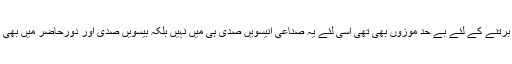
اس میں بھی کوئی شک نہیں کہ اودھ کی فضائ، نفیس طبیعتیں ، مزاج کی لطافت، ان محاسن کو برتنے کے لئے بے حد موزوں بھی تھی اسی لئے یہ صناعی انیسویں صدی ہی میں نہیں بلکہ بیسویں صدی اور دورحاضر میں بھی موجود ہے اور یہ وہ ادبی اور تہذیبی میراثت ہے جس کے بارامانت کو سنبھال کر رکھا گیا ہے۔